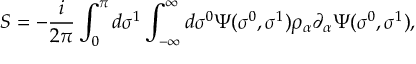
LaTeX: S = - \frac { i } { 2 \pi } \int _ { 0 } ^ { \pi } d \sigma ^ { 1 } \int _ { - \infty } ^ { \infty } d \sigma ^ { 0 } \Psi ( \sigma ^ { 0 } , \sigma ^ { 1 } ) \rho _ { \alpha } \partial _ { \alpha } \Psi ( \sigma ^ { 0 } , \sigma ^ { 1 } ) ,